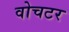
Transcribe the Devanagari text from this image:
वोचटर